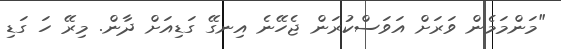
"މަންމަމެން ވަރަށް އަވަސްކުރަން ޖެހޭނެ އިނގޭ ގަޑިއަށް ދާން. މިރޭ ހަ ގަޑި